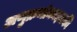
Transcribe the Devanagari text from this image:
अणुक्रमांकाइतकी